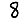
Digit: 8